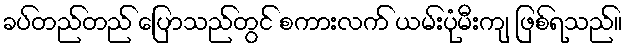
ခပ်တည်တည် ပြောသည်တွင် စကားလက် ယမ်းပုံမီးကျ ဖြစ်ရသည်။